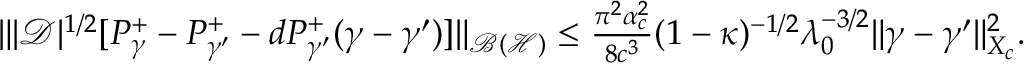
\begin{array} { r } { \| | \mathcal D | ^ { 1 / 2 } [ P _ { \gamma } ^ { + } - P _ { \gamma ^ { \prime } } ^ { + } - d P _ { \gamma ^ { \prime } } ^ { + } ( \gamma - \gamma ^ { \prime } ) ] \| _ { \mathcal { B } ( \mathcal { H } ) } \leq \frac { \pi ^ { 2 } \alpha _ { c } ^ { 2 } } { 8 c ^ { 3 } } ( 1 - \kappa ) ^ { - 1 / 2 } \lambda _ { 0 } ^ { - 3 / 2 } \| \gamma - \gamma ^ { \prime } \| _ { X _ { c } } ^ { 2 } . } \end{array}